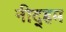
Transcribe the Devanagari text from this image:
नीद्हम